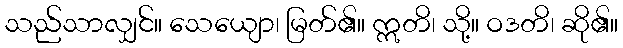
သည်သာလျှင်။ သေယျော၊ မြတ်၏။ ဣတိ၊ သို့။ ဝဒတိ၊ ဆို၏။